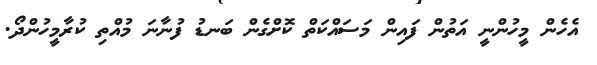
އެހެން މީހުންނީ އަތުން ފައިން މަސައްކަތް ކޮށްގެން ބަނޑު ފުނާނަ މުއްތި ކުރާމީހުންދޯ.